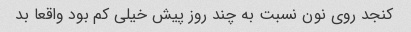
کنجد روی نون نسبت به چند روز پیش خیلی کم بود واقعا بد